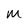
Character: m